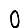
Digit: 0